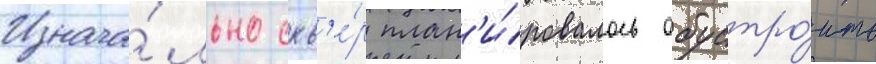
Изнача́льно скв'е́р план'и́ровалось обустро́ить